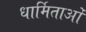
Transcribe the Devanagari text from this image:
धार्मिताओं